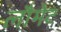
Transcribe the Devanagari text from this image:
लौमेट